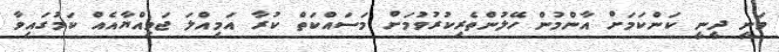
ވަނީ ދީނީ ކަންކަމަށް އާންމުން ހޭލުންތެރިކުރުވުމަށް މަސައްކަތް ކުރާ އަމިއްލަ ޖަމިއްޔާއެއް ކަމުގައިވާ